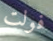
فولت